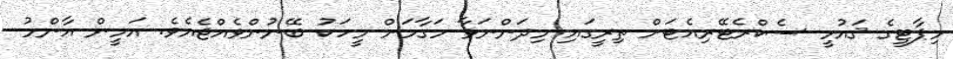
މިޕާޓީގެ ޤައުމީ ސެކްރެޓޭރިއެޓަށް ތިރީގައި މިދަންނަވާ މަގާމަށް މީހަކު ބޭނުންވެއްޖެއެވެ. އަމީން އާންމު